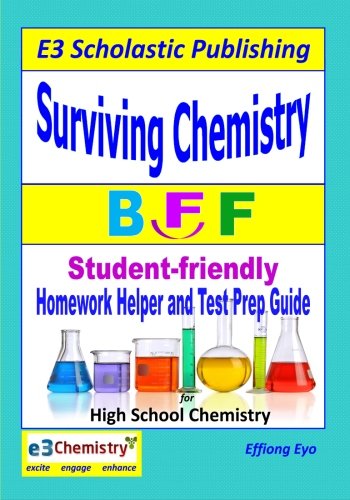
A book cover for Surviving Chemistry BFF: Homework Helper and Test Prep Guide for High School Chemistry; Effiong Eyo; Test Preparation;